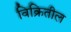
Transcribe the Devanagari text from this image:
विक्रितील